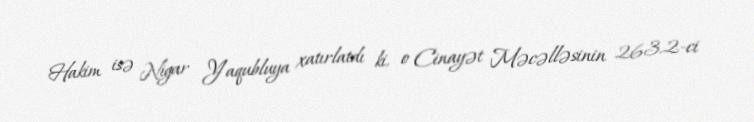
Hakim isə Nigar Yaqubluya xatırlatdı ki, o Cinayət Məcəlləsinin 263.2-ci